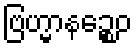
ဗြဟ္မာနဉ္စေဝ